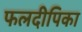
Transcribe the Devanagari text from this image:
फलदीपिका